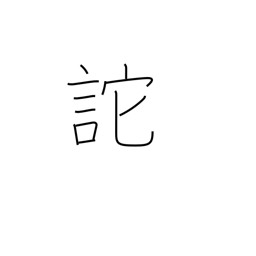
Meaning: delude